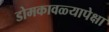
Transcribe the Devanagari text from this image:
डोमकावळ्यापेक्षा